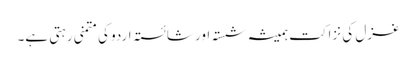
غزل کی نزاکت ہمیشہ شستہ اور شائستہ اردو کی متمنی رہتی ہے۔